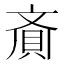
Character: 𮚁